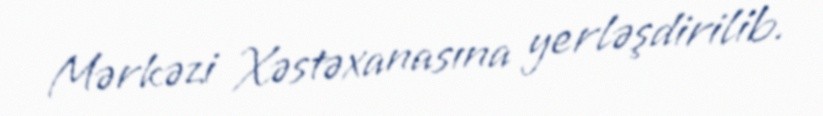
Mərkəzi Xəstəxanasına yerləşdirilib.